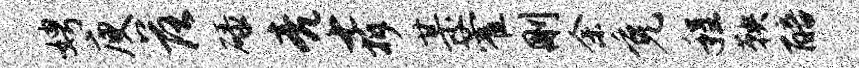
娉庾落碌亮七拆某藿删余免程鞅醅